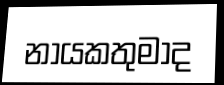
නායකතුමාද